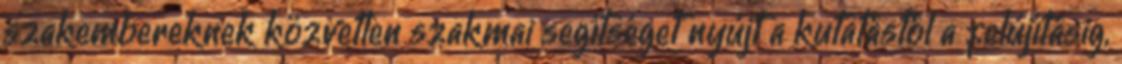
szakembereknek közvetlen szakmai segítséget nyújt a kutatástól a felújításig,